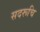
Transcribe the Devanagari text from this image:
सदरूचि